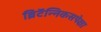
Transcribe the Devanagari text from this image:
ब्रिटॅन्निकसपेक्षा